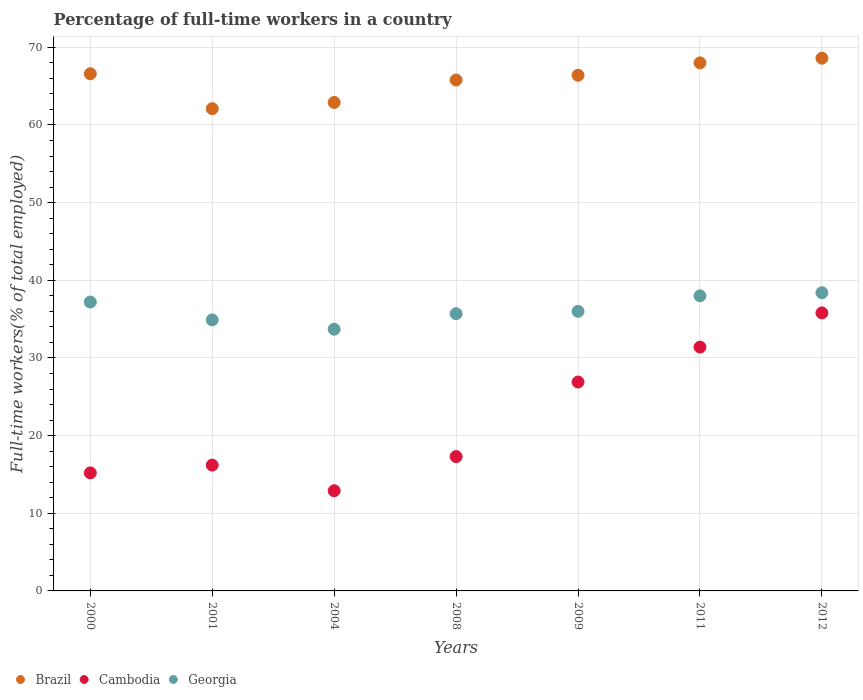
| Years | Brazil | Cambodia | Georgia |
 | --- | --- | --- | --- |
 | 2000 | 66.6 | 15.2 | 37.2 |
 | 2001 | 62.1 | 16.2 | 34.9 |
 | 2004 | 62.9 | 12.9 | 33.7 |
 | 2008 | 65.8 | 17.3 | 35.7 |
 | 2009 | 66.4 | 26.9 | 36 |
 | 2011 | 68 | 31.4 | 38 |
 | 2012 | 68.6 | 35.8 | 38.4 |